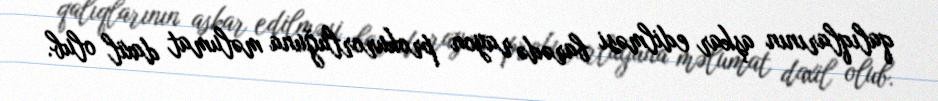
qalıqlarının aşkar edilməsi barədə rayon prokurorluğuna məlumat daxil olub.